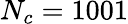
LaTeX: N_{c}=1001